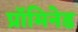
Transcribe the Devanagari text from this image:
प्रॉमिनेड